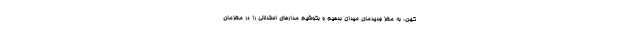
کهن، به مغز جدیدمان میدان بدهیم و بکوشیم مدارهای استدلالی را در مغزمان